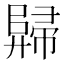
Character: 𲉕